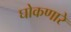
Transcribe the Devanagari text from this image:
घोकणारे